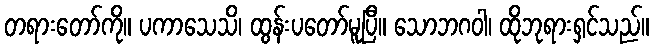
တရားတော်ကို။ ပကာသေသိ၊ ထွန်းပတော်မူပြီ။ သောဘဂဝါ၊ ထိုဘုရားရှင်သည်။